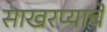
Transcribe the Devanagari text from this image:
साखरप्याचे